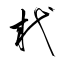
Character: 杙